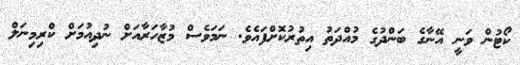
ކޯޓުން ވަނީ އޭނާގެ ބަންދުގެ މުއްދަތު އިތުރުކޮށްފައެވެ. ނަމަވެސް މުޒާހަރާއަށް ނުދިއުމަށް ކްރިމިނަލް